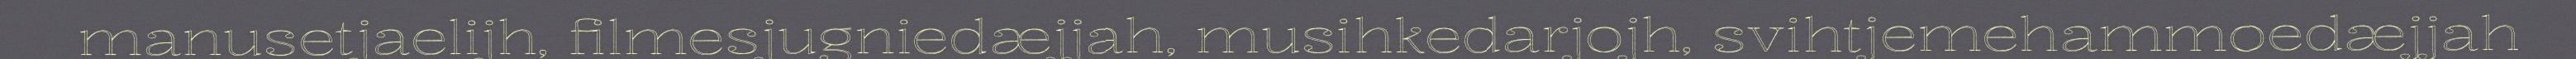
manusetjaelijh, filmesjugniedæjjah, musihkedarjojh, svihtjemehammoedæjjah